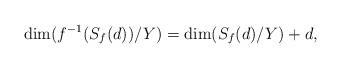
LaTeX: \begin{align*}\dim(f^{-1}(S_f(d))/Y)=\dim(S_f(d)/Y)+d,\end{align*}